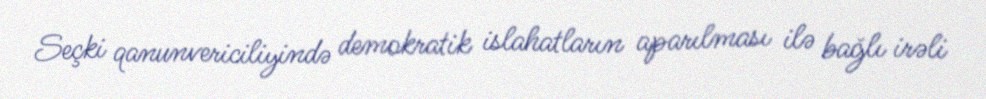
Seçki qanunvericiliyində demokratik islahatların aparılması ilə bağlı irəli